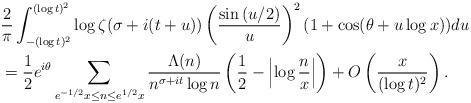
LaTeX: \begin{align*}&\frac{2}{\pi}\int_{-(\log{t})^{2}}^{(\log{t})^{2}}\log\zeta(\sigma+i(t+u))\left( \frac{\sin{(u/2)}}{u} \right)^2 (1+\cos(\theta+u\log{x}))du \\&= \frac{1}{2} e^{i\theta}\sum_{e^{-1/2}x\le n \le e^{1/2}x} \frac{\Lambda(n)}{n^{\sigma+it}\log{n}}\left( \frac{1}{2} - \left| \log\frac{n}{x} \right| \right) + O\left( \frac{x}{(\log{t})^2} \right). \end{align*}